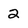
Character: 2